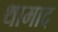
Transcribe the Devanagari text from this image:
थामाद